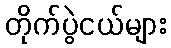
တိုက်ပွဲငယ်များ